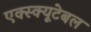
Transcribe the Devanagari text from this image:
एक्स्क्यूटेबल